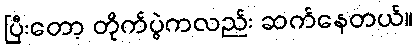
ပြီးတော့ တိုက်ပွဲကလည်း ဆက်နေတယ်။